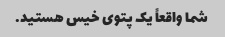
شما واقعاً یک پتوی خیس هستید.